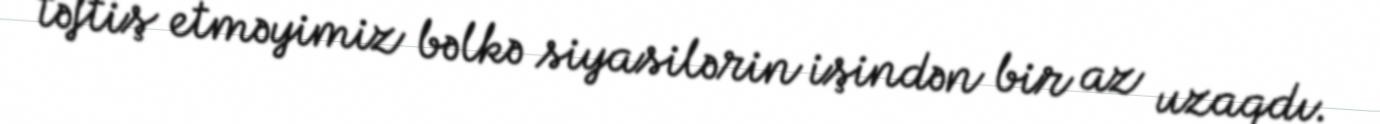
təftiş etməyimiz bəlkə siyasilərin işindən bir az uzaqdı.